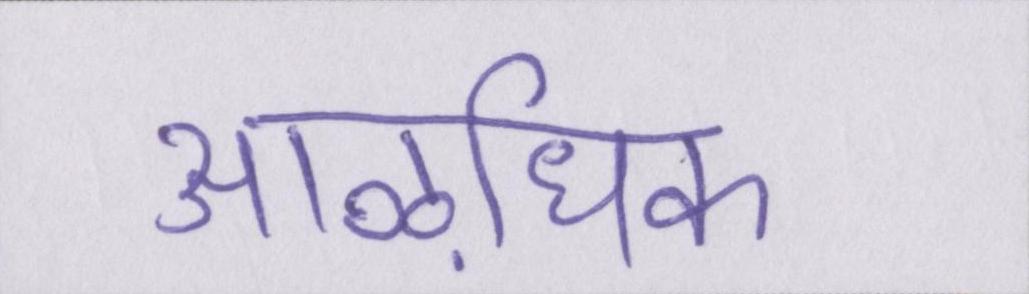
आऴधिक